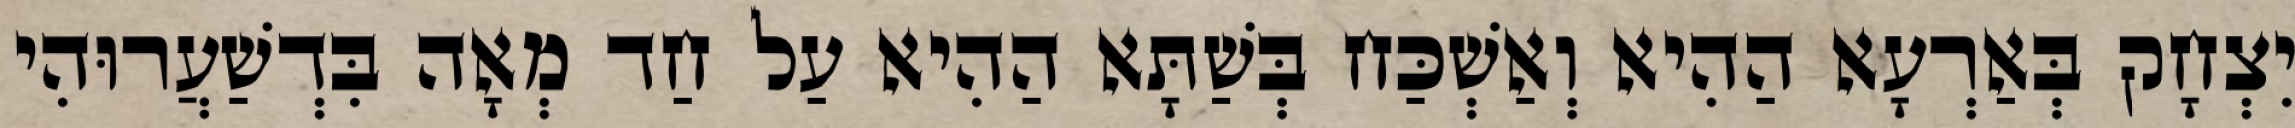
יִצְחָק בְּאַרְעָא הַהִיא וְאַשְׁכַּח בְּשַׁתָּא הַהִיא עַל חַד מְאָה בִּדְשַׁעֲרוּהִי